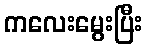
ကလေးမွေးပြီး